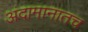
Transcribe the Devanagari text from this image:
अंदामानातच